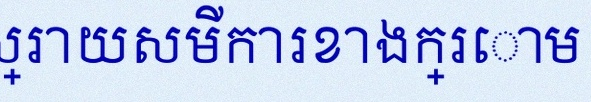
ដោះស្រាយសមីការខាងក្រោម